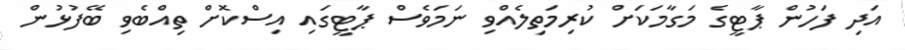
އަދި ފަހުން ޕާޓީގެ މަގާމަކަށް ކުރިމަތިލެއްވި ނަމަވެސް ޕާޓީގައި އިސްކޮށް ތިއްބެވި ބޭފުޅުން